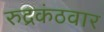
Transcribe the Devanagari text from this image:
रुद्रकंठवार